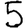
Digit: 5